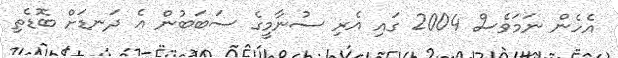
އެހެން ނަމަވެސް 2004 ގައި އެރި ސުނާމީގެ ސަބަބުން އެ ދަނޑަށް ބޮޑެތި